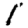
Digit: 1